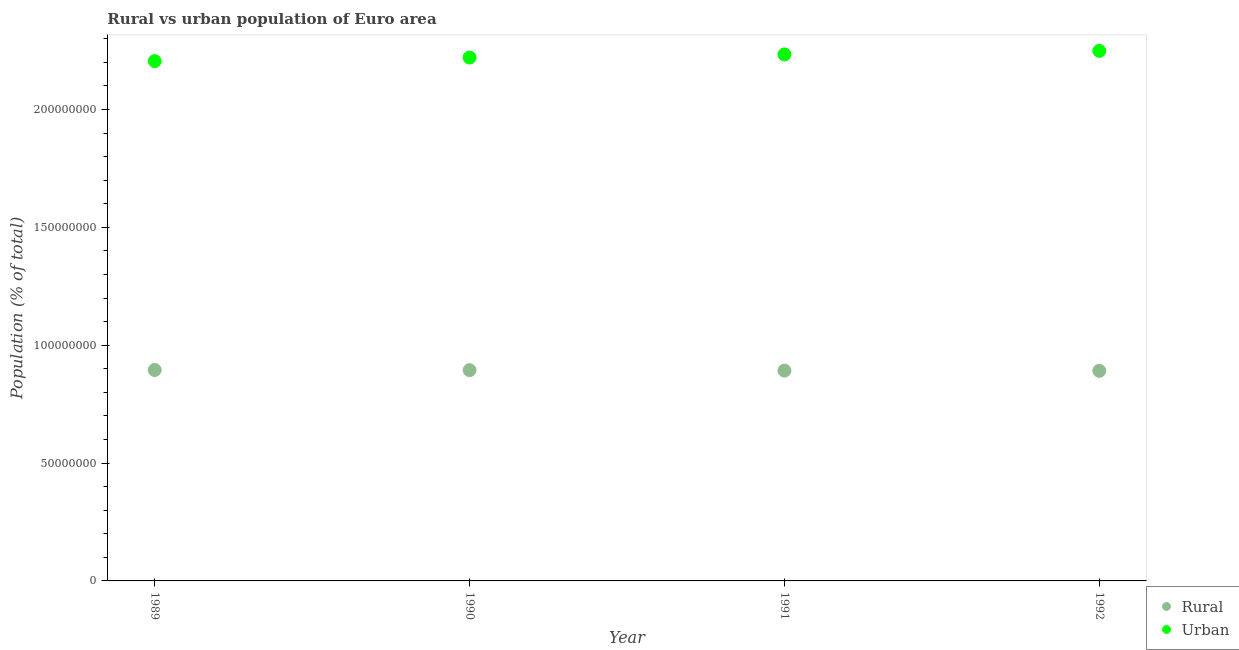
| Year | Rural | Urban |
 | --- | --- | --- |
 | 1989 | 8.95e+07 | 2.21e+08 |
 | 1990 | 8.94e+07 | 2.22e+08 |
 | 1991 | 8.92e+07 | 2.23e+08 |
 | 1992 | 8.91e+07 | 2.25e+08 |